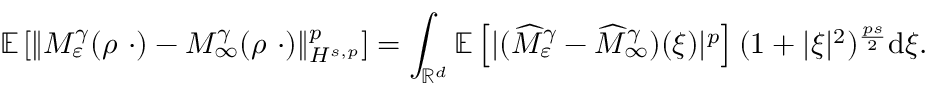
{ \ensuremath { \mathbb E } } \left[ \| M _ { \varepsilon } ^ { \gamma } ( \rho \ \cdot ) - M _ { \infty } ^ { \gamma } ( \rho \ \cdot ) \| _ { H ^ { s , p } } ^ { p } \right] = \int _ { { \ensuremath { \mathbb R } } ^ { d } } { \ensuremath { \mathbb E } } \left[ | ( \widehat M _ { \varepsilon } ^ { \gamma } - \widehat M _ { \infty } ^ { \gamma } ) ( \xi ) | ^ { p } \right] ( 1 + | \xi | ^ { 2 } ) ^ { \frac { p s } { 2 } } \mathrm { d } \xi .